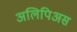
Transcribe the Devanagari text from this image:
अलिपिअस